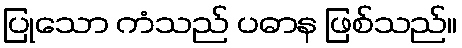
ပြုသော ကံသည် ပဓာန ဖြစ်သည်။